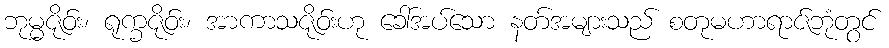
ဘုမ္မဇိုဝ်း၊ ရုက္ခဇိုဝ်း၊ အာကာသဇိုဝ်းဟု ခေါ်အပ်သော နတ်အများသည် စတုမဟာရာဇ်ဘုံတွင်